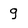
Character: q